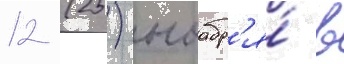
12 (25) ноабр'я́ в